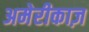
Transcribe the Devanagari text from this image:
अमेरीकाज़